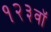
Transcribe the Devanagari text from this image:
१२३वॉ